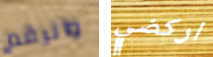
والرقم اركضي